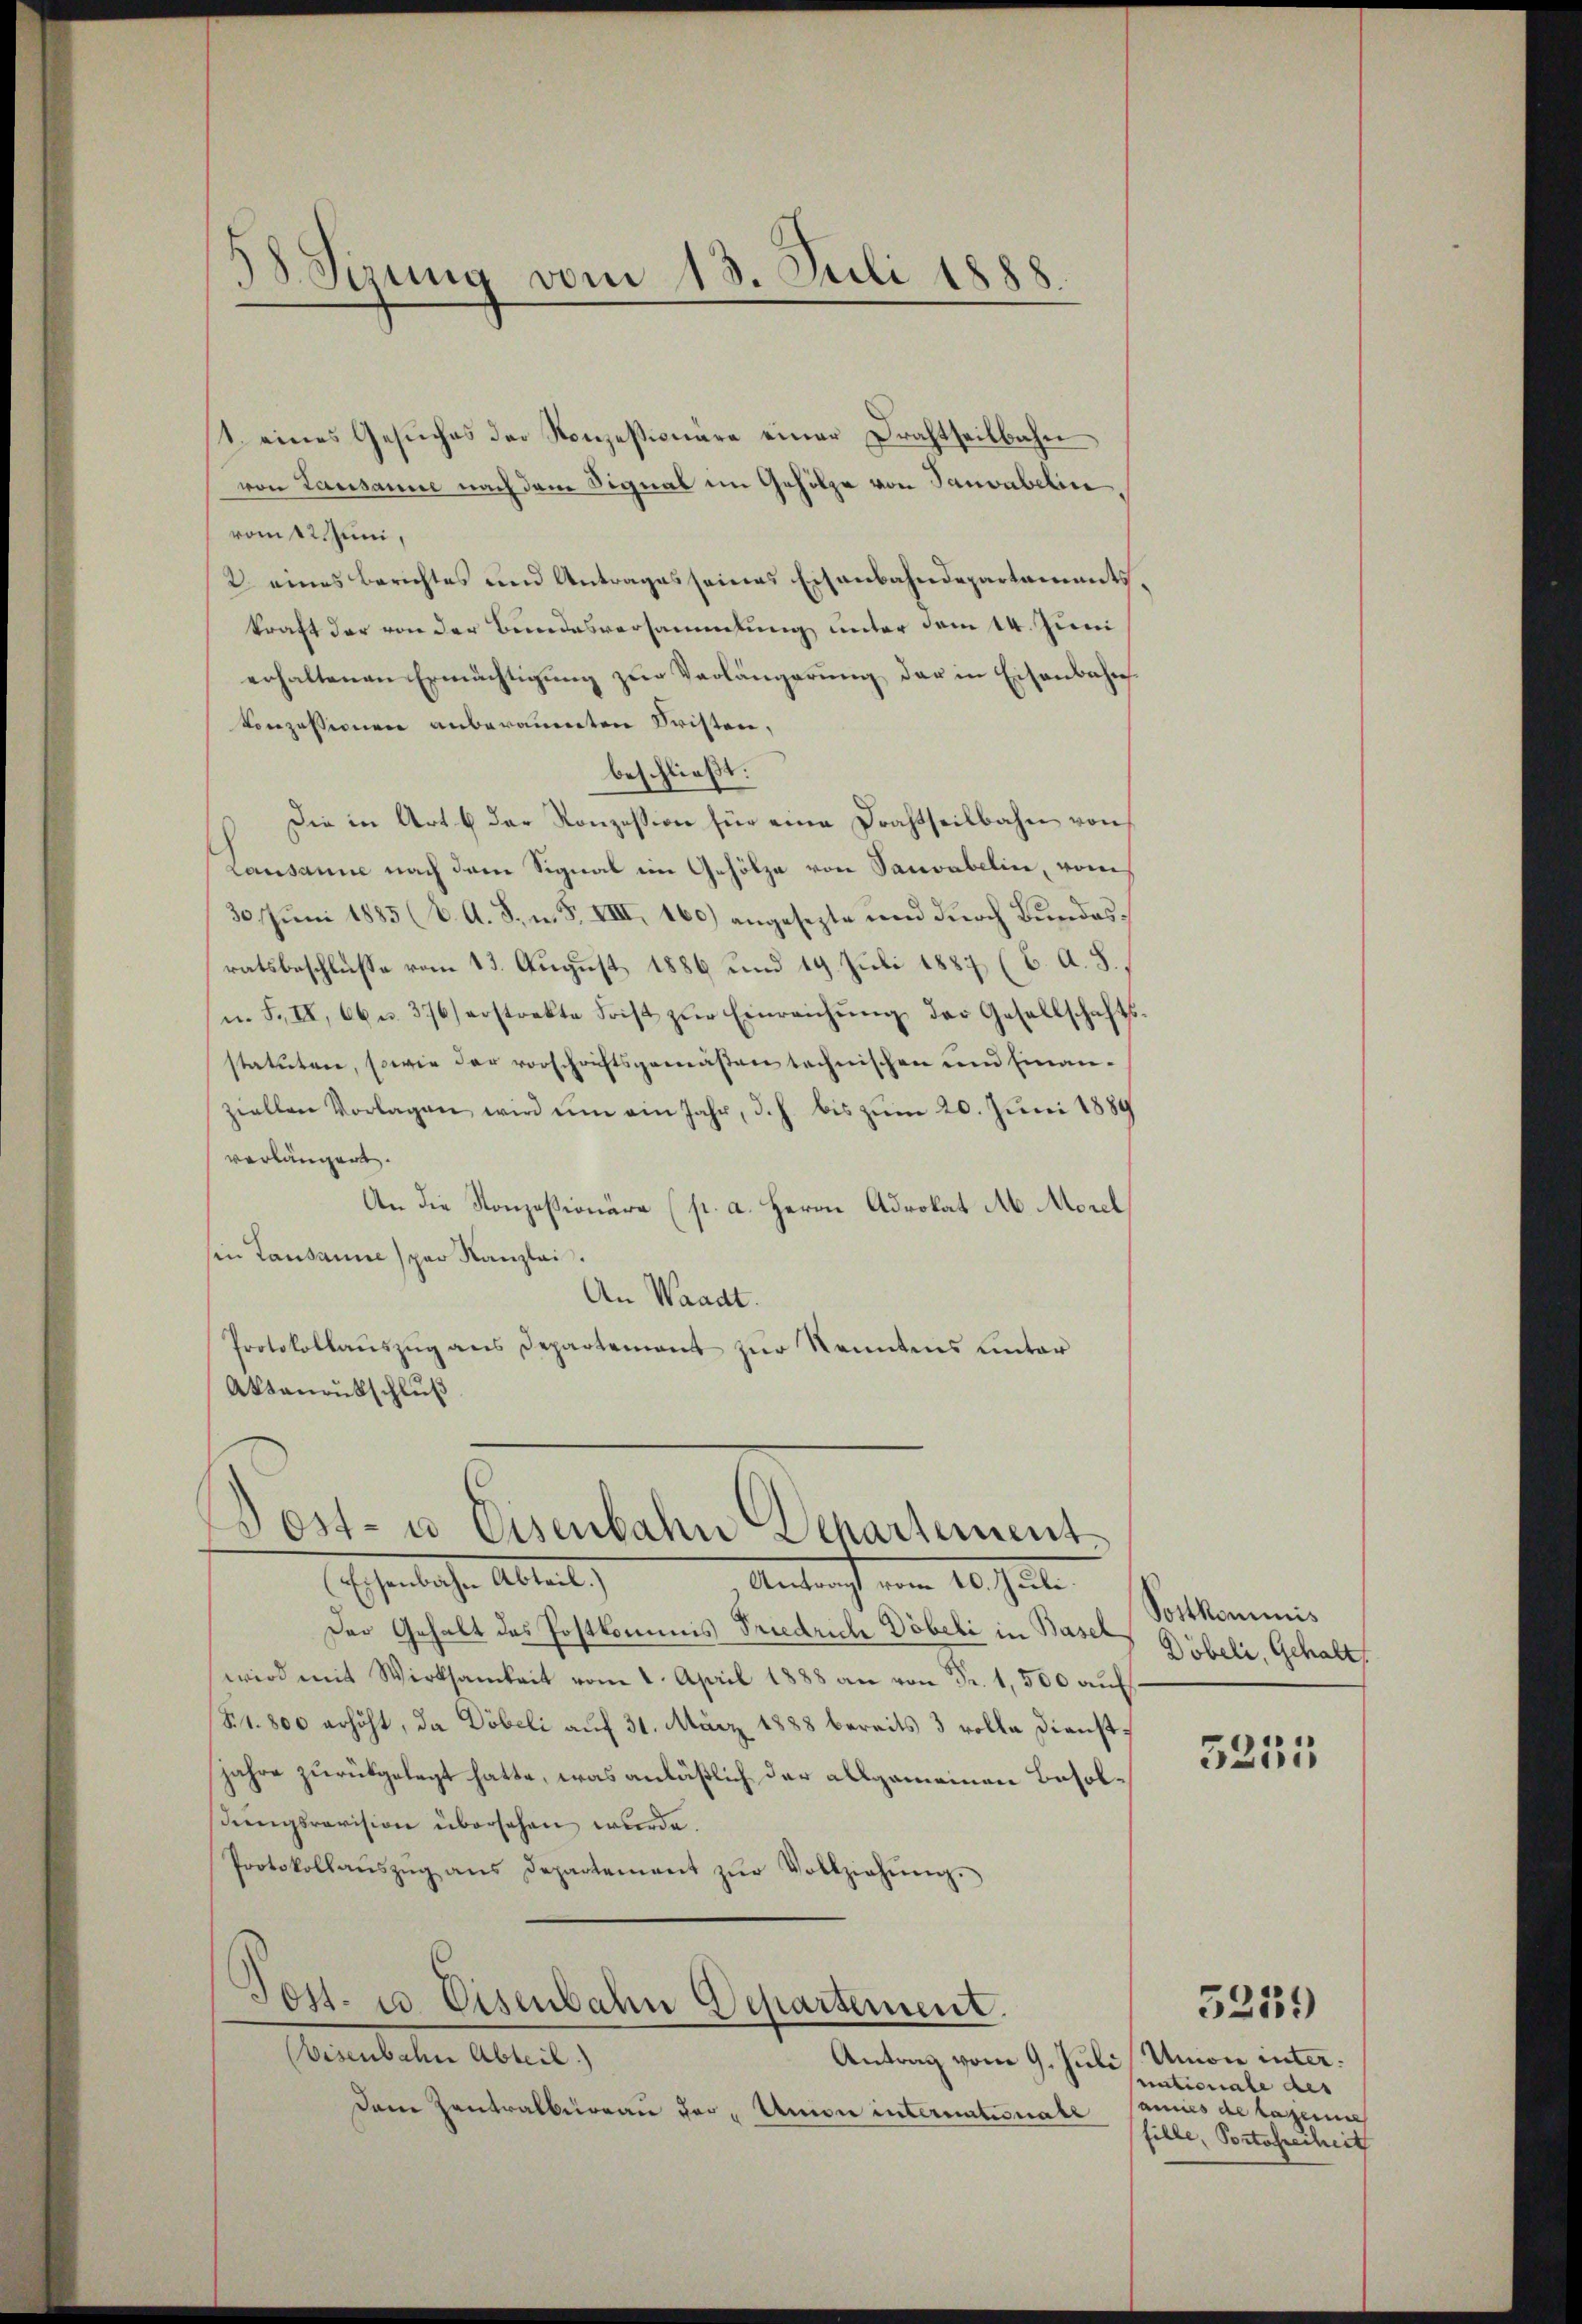
8. Sitzung vom 13. Juli 1888.

1. eines Gesŭches der Konzessionäre einer Drahtseitbahn
von Lausanne nach dem Signal im Gehölze von Tanvabelin
vomt Juni,
2 eines Berichtes und Antrages seines Eisenbahndepartaments,
kraft der von der Bundesversammlung unter dem 14. Juni
erhaltenen Ermächtigung zur Verlängerung der in Eisenbahn
Konzessionen anberauenten Fristen,
beschließt:
Die in Art. 6 der Konzession für eine Drahtheilbahn von
Lausanne nach dem Signal im Gehölze von Sanvabelin, vom
30. Juni 1885 (C. A. F. u. S. VIII, 160.) angesezte und durch Bundesratsbeschluße vom 13. August 1886 und 19. Juli 1887 (C. A. S.
u. F. II, 66 u. 376 erstrekte Frist zŭr Einreichŭng der Gesellschafts-
statuten, sowie der vorschriftsgemäßen technischen und Einanziellen Vorlagen wird ŭm ein Jahr, d. h. bis zum 20. Juni 1889
verlängert.
An die Konzessionäre (p. a. Herrn Advokat M. Morel
in Lausanne par Kanzlei.
An Waadt.
Protokollaŭszŭg ans Departement zur Kenntens unter
Aktanrutschluß

Dost- u. Eisenbahn Departement

Eisenbachen Altert
Antrag vom 10. Juli.
Der Gehalt des Postkommnis Friedrich Döbeli in Basel
wird mit Wirksamkeit vom 2. April 1888 an von Fr. 1,500 aŭf
81. 800 erhöht, da Döbeli auf 31. März 1888 bereits 3 volle Dienst¬
Jahre zurükgelegt hatte, was anläßlich der allgemeinen Besoldungsrevision übersehen wurde.
Protokollaŭszŭg ans Departement zŭr Vollziehŭng.
Jost. u. Eisenbahn Departement.
Visenbahn Abteil)
Antrag vom 9. Juli/ Unwie inter.
Dem Zentralbureau der Union internationale

Postkominis
Döbeli, Gehalt

5251

nationale der
ainis de raseiner
fille, Portofreiheit

32139